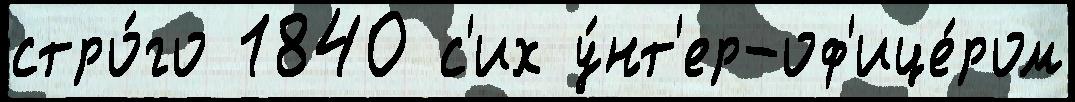
стро́го 1840 с'их у́нт'ер-оф'ице́ром